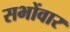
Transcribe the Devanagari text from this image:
सभोंवार